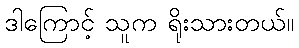
ဒါကြောင့် သူက ရိုးသားတယ်။